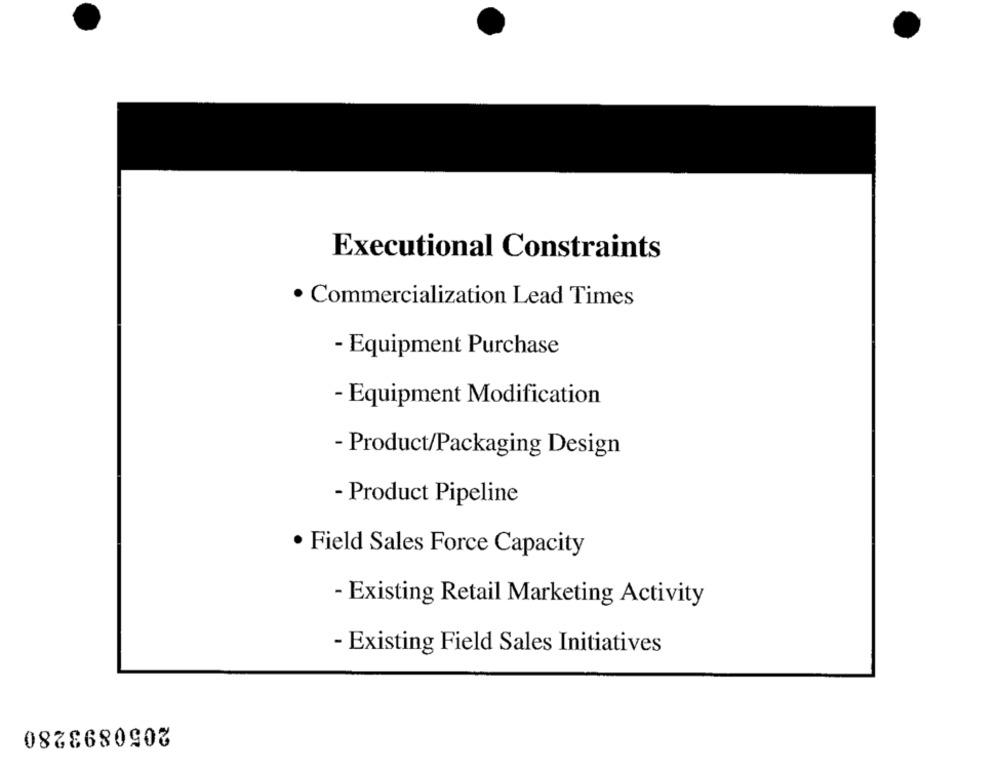
Executional Constraints
· Commercialization Lead Times
- Equipment Purchase
- Equipment Modification
- Product/Packaging Design
- Product Pipeline
· Field Sales Force Capacity
- Existing Retail Marketing Activity
- Existing Field Sales Initiatives
2050893280